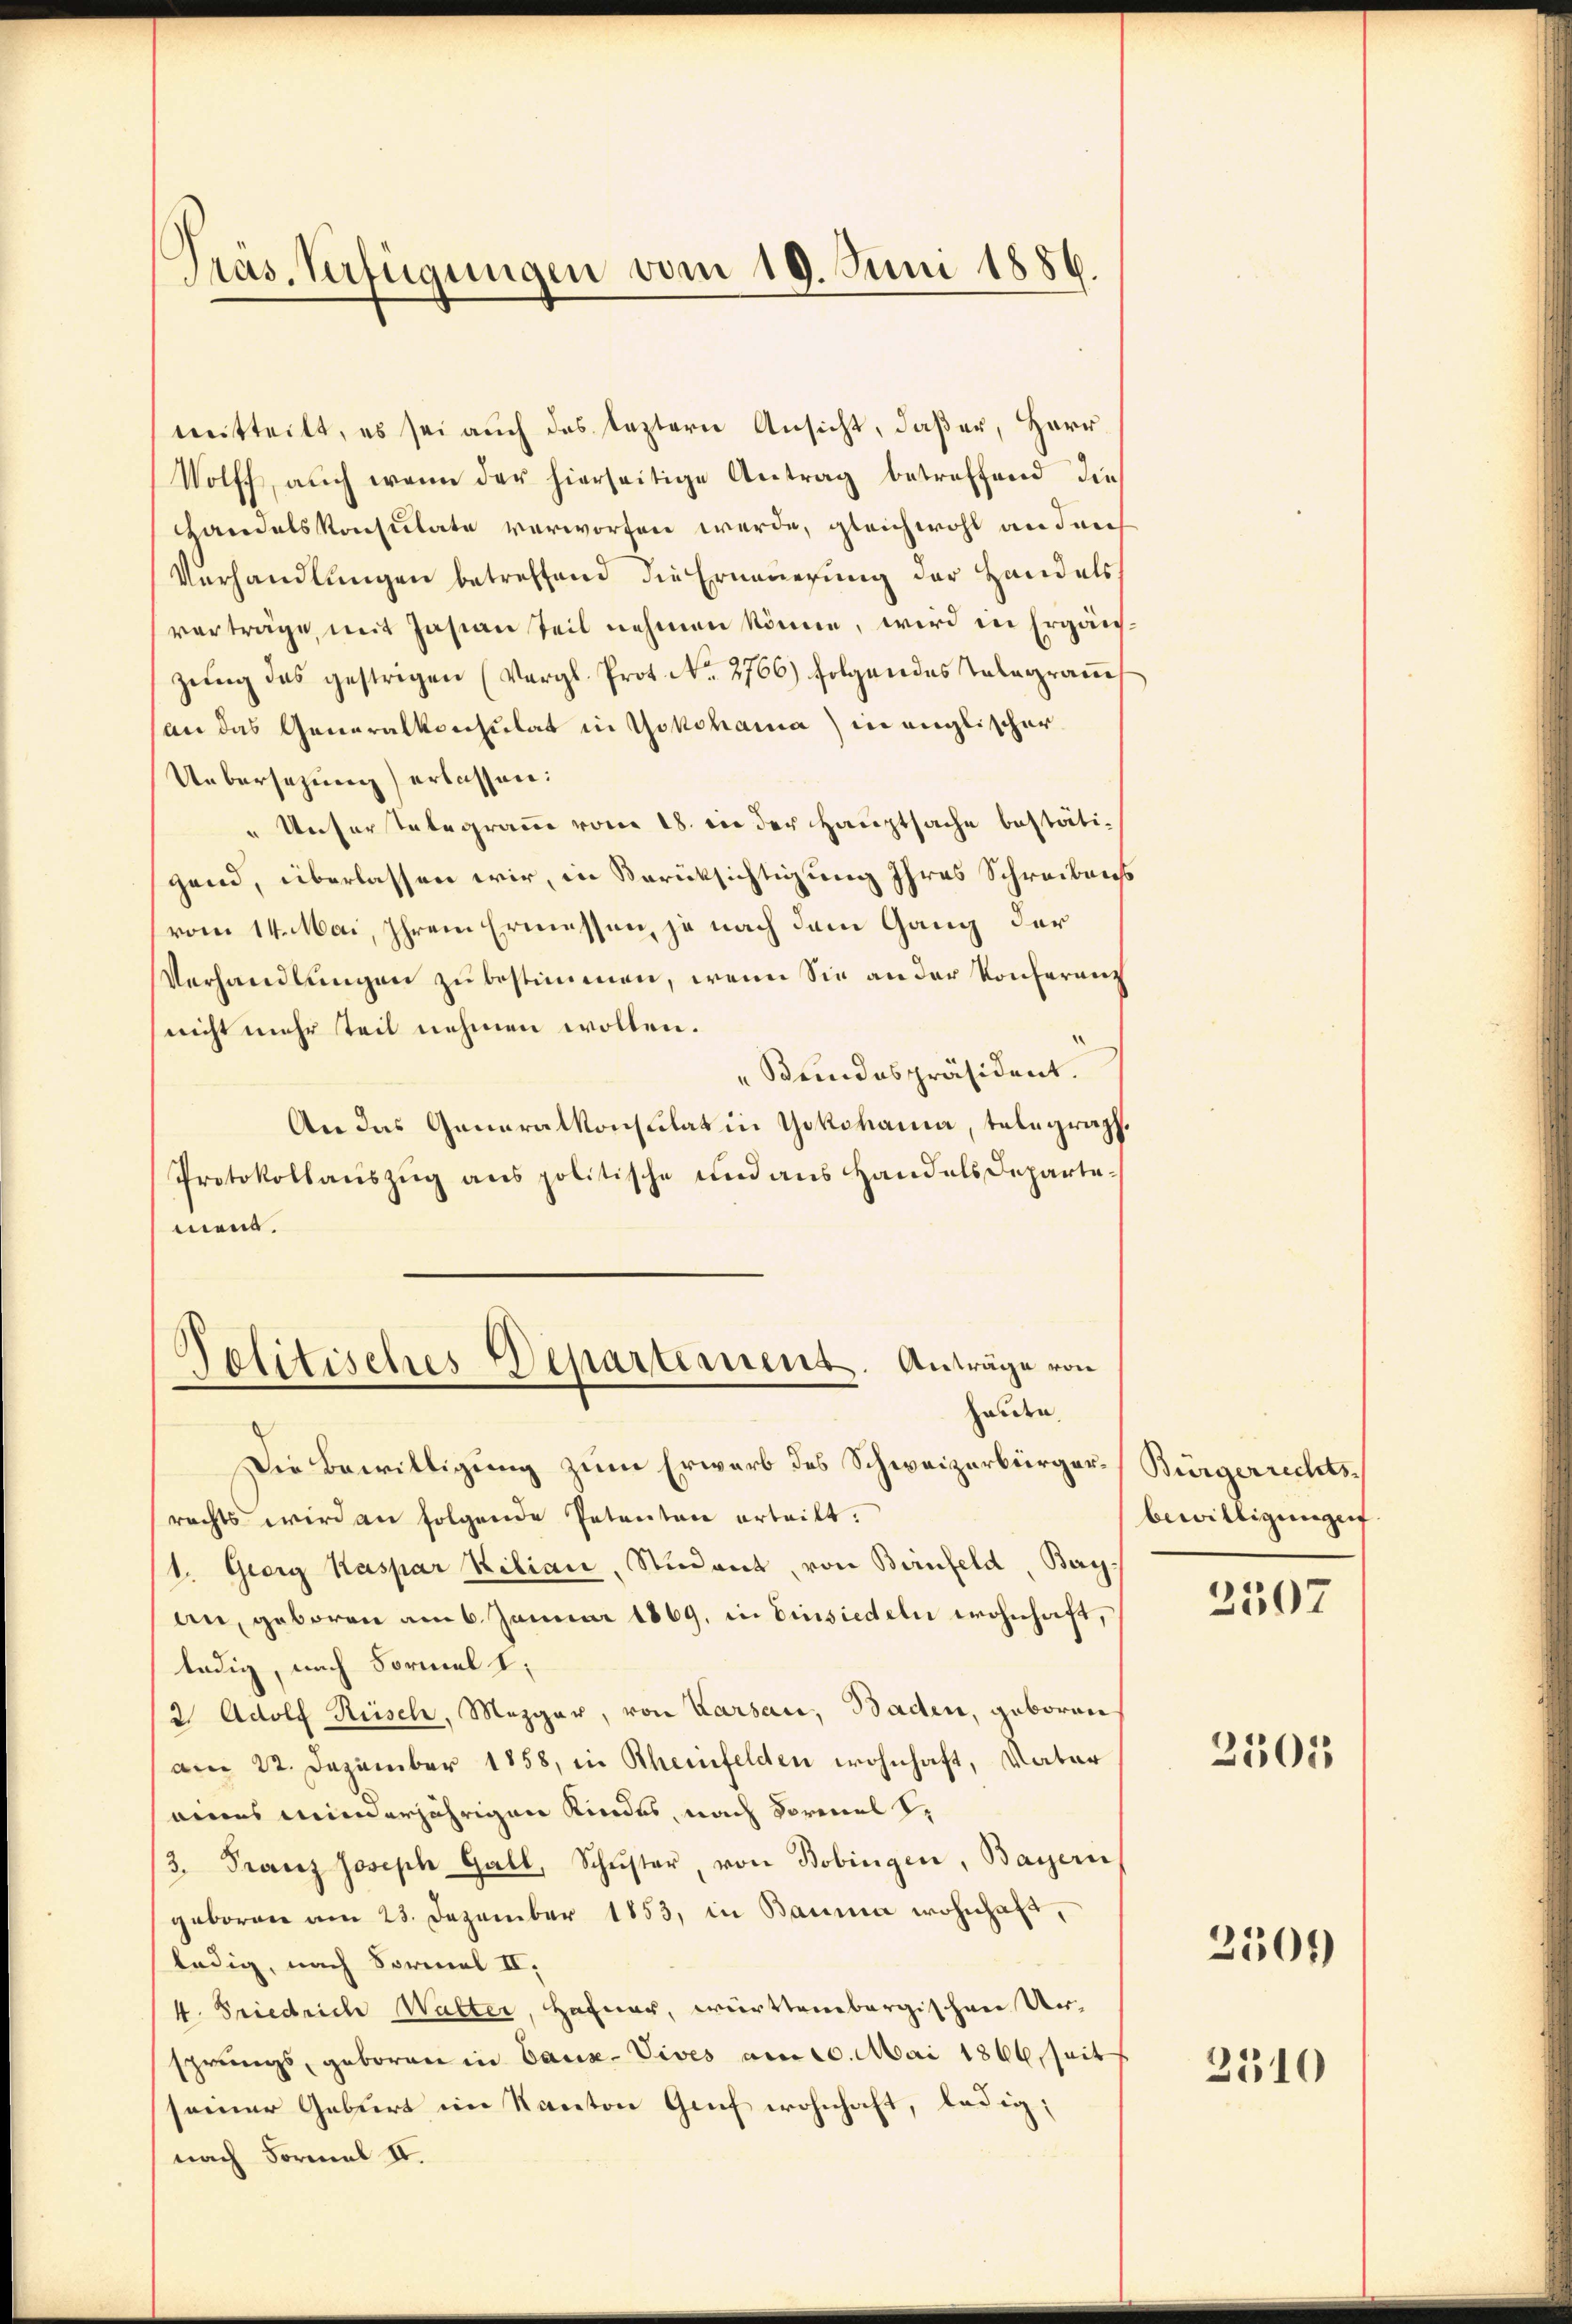
Präs. Verfügungen vom 19. Juni 1886.

mitteilt, es sei auch das leztern Ansicht, daß er, Herr¬
Wolff, auch wenn der hierseitige Antrag betreffend die
Handelskonsulate verworfen werde, gleichwohl an den
Verhandlŭngen betreffend die Erneuerung der Handels
verträge, mit Jasian teil nehmen könne, wird in Ergänzŭng des gestrigen (Vergl. Prot. No. 2766) folgendes Telegram
an das Generalkonsulat in Yokohama) in englischer
Uebersetzung) erlassen:
" Unserstelegramm vom 18. in der Hauptsache bestäti¬
Hend, überlassen wir, in Berücksichtigung Ihres Schreibens
vom 14. Mai, Ihrem Ermessen, je nach dem Gang der
Verhandlŭngen zŭ bestimmen, wenn Sie an der Konferenz
nicht mehr teil nehmen wollen.
.
Keindespräsident.
An das Generalkonsulat in Yokohama, telegraph.
Protokollaŭszŭg ans politische und aus Handels Departemend.
Politisches Departement. Anträge von
hauen,
Die Bewilligung zum Erwarb des Schweizerbürgerrechts wird an folgende Petentare erteilt.
1. Georg Kaspar Kilian, Student, von Birnfeld, Beyan, geboren am 6. Januar 1869, in Einsiedeln wohnhaft,
ledig, nach Formel 1.
2 Adolf Rüsch, Mezger, von Karsau, Baden, geboren
am 22. Dezember 1858, in Rheinfelden wohnhaft, Vater
eines minderjährigen Kindes, nach Formel S.
3. Franz Joseph Gall, Schŭster, von Bobingen, Bayern
geboren am 23. Dezember 1853, in Bauma wohnhaft,
ledig, nach Sormal II,
4. Friedrich Walter, Hafner, württembergischen Unsprungs, geboren in Baus-Vives am 20. Mai 1866, Seit
seiner Geburt im Kanton Genf wohnhaft, ledig;
nach Formel II.

Bürgerrechts-
bewilligungen

2507

2501

2501)

2310